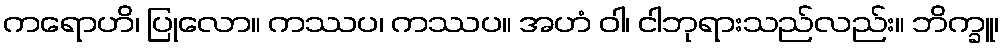
ကရောဟိ၊ ပြုလော။ ကဿပ၊ ကဿပ။ အဟံ ဝါ၊ ငါဘုရားသည်လည်း။ ဘိက္ခူ၊